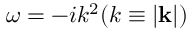
\omega = - i k ^ { 2 } ( k \equiv | \mathbf { k } | )